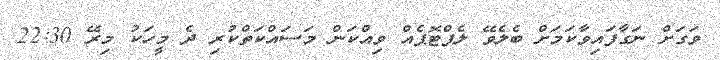
ވަގަށް ނަގާފައިވާކަމަށް ބެލެވޭ ލެޕްޓޮޕެއް ވިއްކަން މަސައްކަތްކުރި ދެެ މީހަކު މިރޭ 22:30